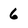
Character: 6